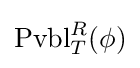
\operatorname {Pvbl} _{T}^{R}(\phi )